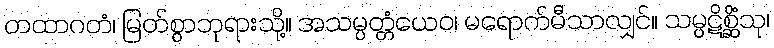
တထာဂတံ၊ မြတ်စွာဘုရားသို့။ အသမ္ပတ္တံယေဝ၊ မရောက်မီသာလျှင်။ သမ္ပဋိစ္ဆိံသု၊